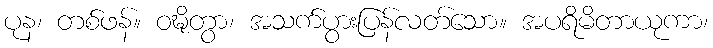
ပုန၊ တစ်ဖန်။ ဝဍ္ဎိတွာ၊ အသက်ပွားပြန်လတ်သော။ အပရိမိတာယုကာ၊